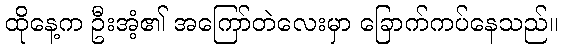
ထိုနေ့က ဦးအံ့၏ အကြော်တဲလေးမှာ ခြောက်ကပ်နေသည်။